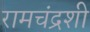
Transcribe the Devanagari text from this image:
रामचंद्रशी